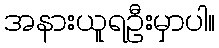
အနားယူရဦးမှာပါ။